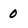
Character: 0